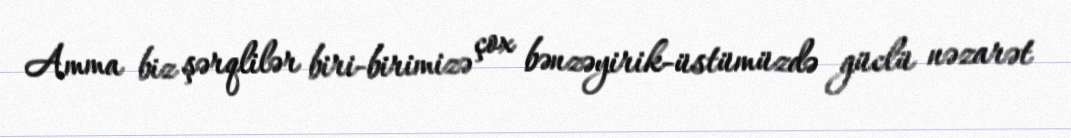
Amma biz şərqlilər biri-birimizə çox bənzəyirik-üstümüzdə güclü nəzarət